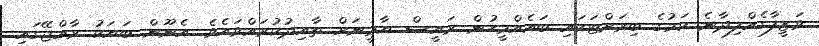
ވަޒީފާގެއްލިދާނެ ކަމުގެ ބިރަށްޓަކައި ބައެއްމީހުން ރައީސް ޔާމީނަށް ތާއިދުކުރައްވައެވެ. އެނޫން ބަޔަކު ރާއްޖޭގައި